Annual report of the Imperial Bacteriological Laboratory, Muktesar
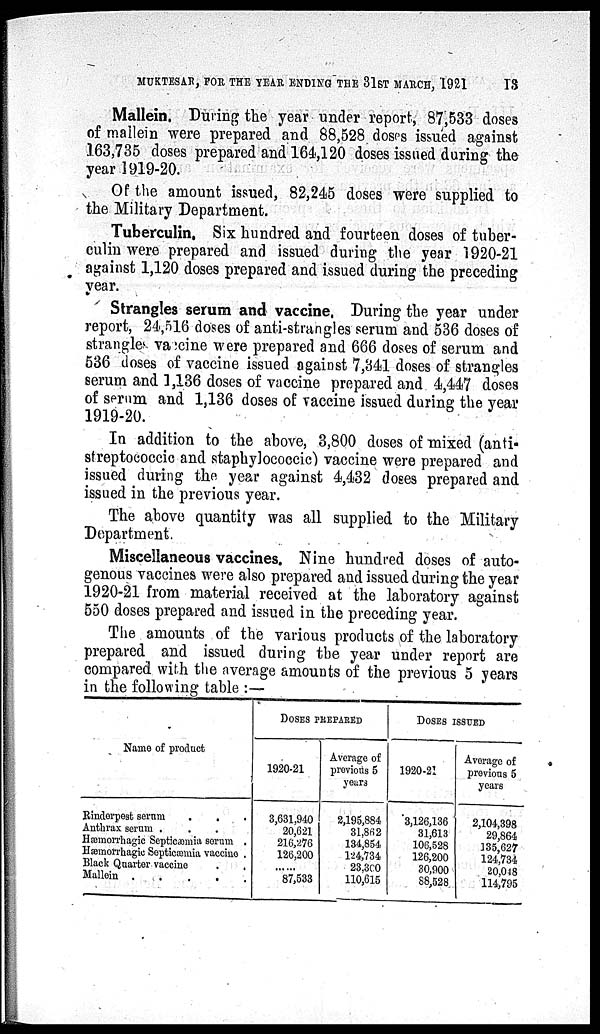
MUKTESAR, FOR THE YEAR ENDING THE 31ST MARCH, 1921
13
Mallein. During the year under report, 87,533 doses
of mallein were prepared and 88,528 doses issued against
163,735 doses prepared and 164,120 doses issued during the
year 1919-20.
Of the amount issued, 82,245 doses were supplied to
the Military Department.
Tuberculin. Six hundred and fourteen doses of tuber-
culin were prepared and issued during the year 1920-21
against 1,120 doses prepared and issued during the preceding
year.
Strangles serum and vaccine. During the year under
report, 24,516 doses of anti-strangles serum and 536 doses of
strangles vaccine were prepared and 666 doses of serum and
536 doses of vaccine issued against 7,341 doses of strangles
serum and 1,136 doses of vaccine prepared and 4,447 doses
of serum and 1,136 doses of vaccine issued during the year
1919-20.
In addition to the above, 3,800 doses of mixed (anti-
streptococcic and staphylococcic) vaccine were prepared and
issued during the year against 4,432 doses prepared and
issued in the previous year.
The above quantity was all supplied to the Military
Department.
Miscellaneous vaccines. Nine hundred doses of auto-
genous vaccines were also prepared and issued during the year
1920-21 from material received at the laboratory against
550 doses prepared and issued in the preceding year.
The amounts of the various products of the laboratory
prepared and issued during the year under report are
compared with the average amounts of the previous 5 years
in the following table :—
Name of product
Rinderpest serum
.
.
Anthrax serum . . .
Hæmorrhagic Septicæmia serum .
Hæmorrhagic Septicæmia vaccine .
Black Quarter vaccine . .
Mallein . . . . .
DOSES PREPARED
1920-21
3,631,940
20,621
216,276
126,200
......
87,533
Average of
previous 5
years
2,195,884
31,862
134,854
124,734
23,300
110,615
DOSES ISSUED
1920-21
3,126,136
31,613
106,528
126,200
30,900
88,528
Average of
previous 5
years
2,104,398
29,864
135,627
124,734
20,048
114,795